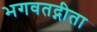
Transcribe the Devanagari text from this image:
भगवतद्गीता